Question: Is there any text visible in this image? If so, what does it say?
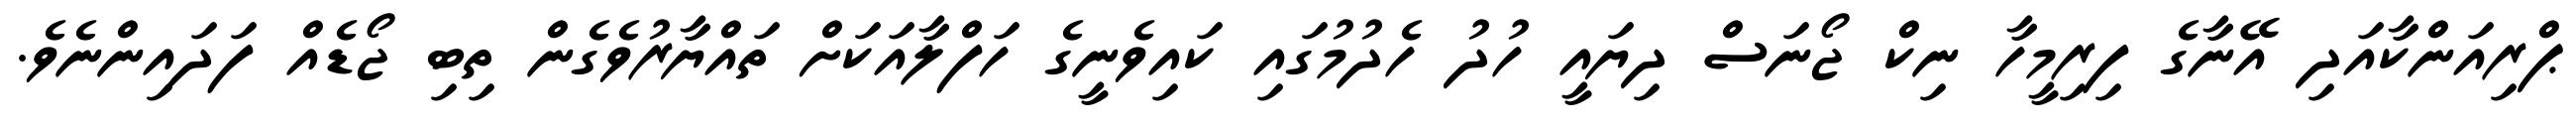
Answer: ޕްރިއަންކާއަދި އޭނާގެ ފިރިމީހާ ނިކް ޖޯނަސް ދިޔައީ ހުދު ހެދުމުގައި ކައިވެނީގެ ހަފްލާއަކަށް ތައްޔާރުވެގެން ތިބި ޖޯޑެއް ފަދައިންނެވެ.